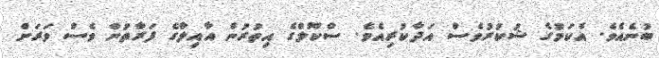
ބުނެއެވެ. އެކަމުގެ ޝުކުރުވެސް އަދާކުރިއެވެ. ސްކޫލްގެ އިތުރުން އާއިލާގެ ފަރާތުން ވެސް ވަރަށް